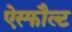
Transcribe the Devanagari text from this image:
ऐस्फौल्ट